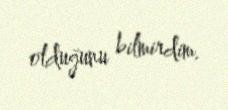
olduğunu bilmirdim.